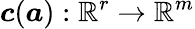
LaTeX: \boldsymbol{c}(\boldsymbol{a}):\mathbb{R}^{r}\rightarrow\mathbb{R}^{m}